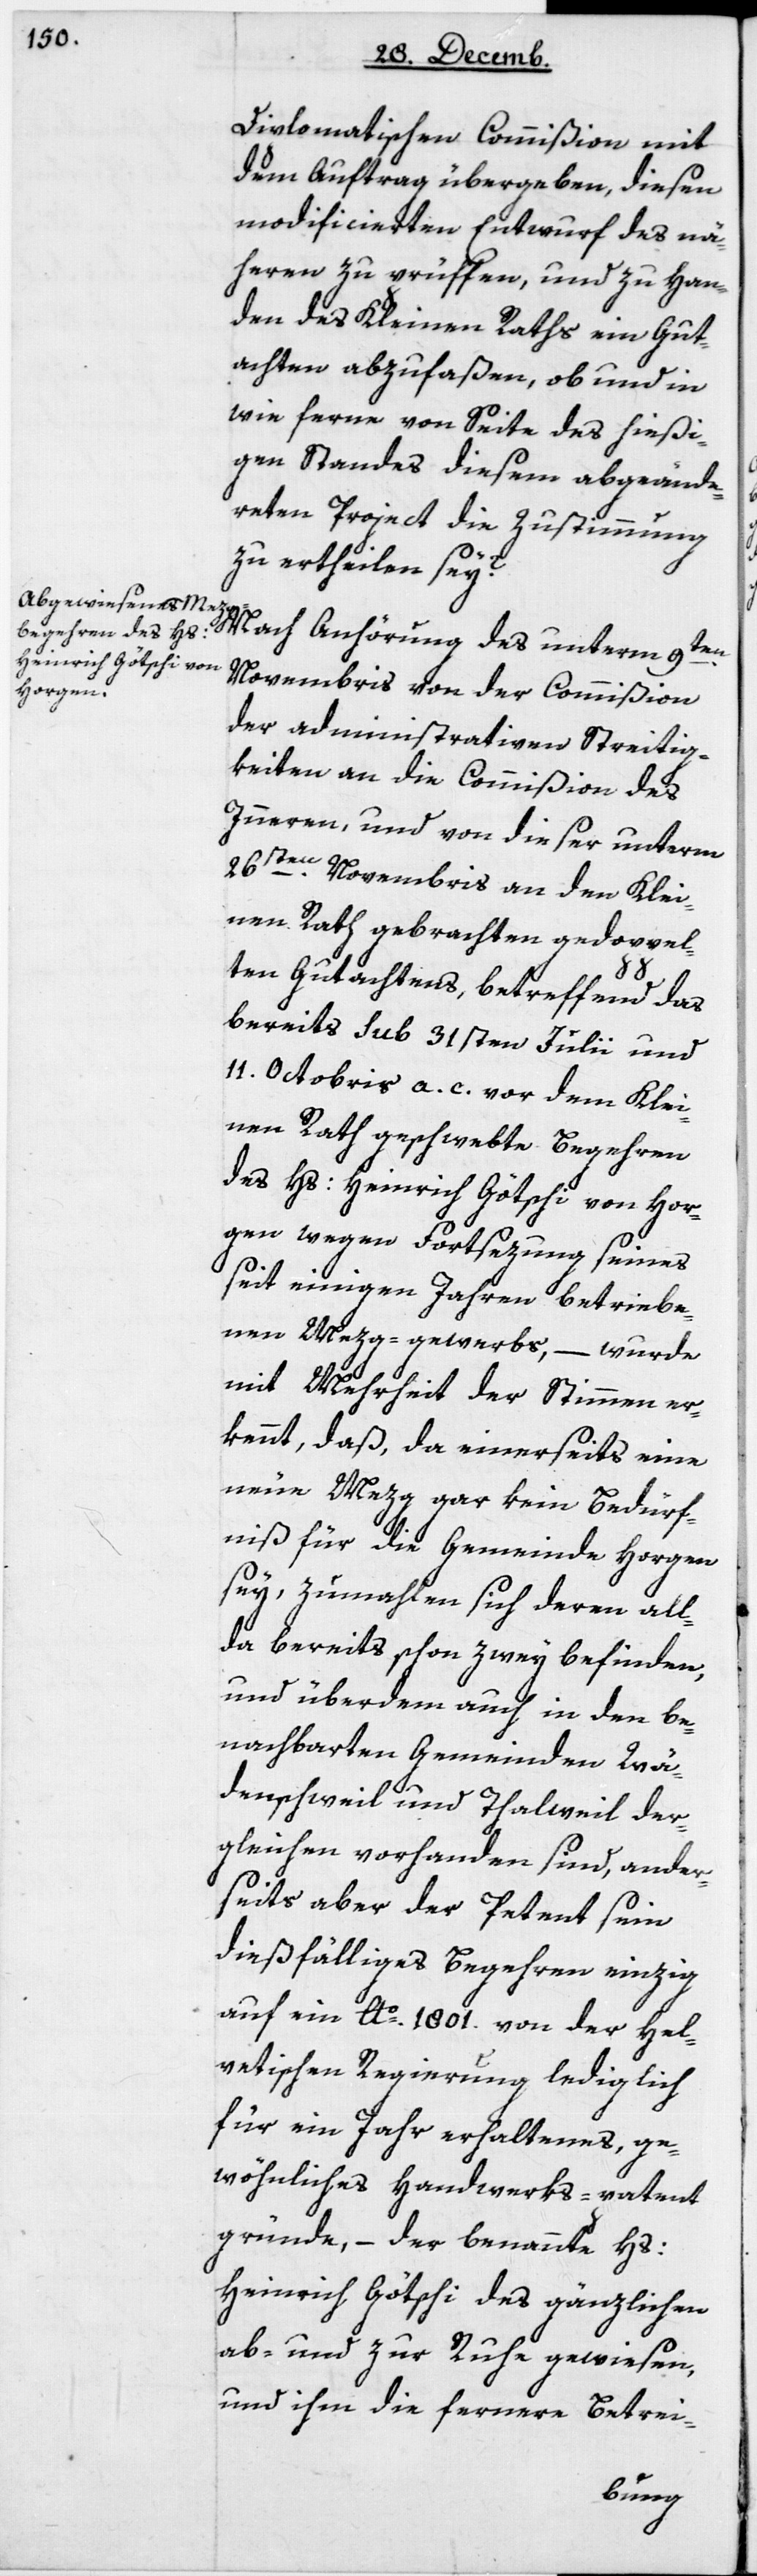
Diplomatischen Commißion mit
dem Auftrag übergeben, diesen
modificierten Entwurf des nä¬
heren zu prüffen, und zu Han¬
den des Kleinen Raths ein Gut¬
achten abzufaßen, ob und in
wie ferne von Seite des hießi¬
gen Standes diesem abgeände¬
rten Project die Zustimmung
zu ertheilen sey?
Nach Anhörung des unterm 9ten
Novembris von der Commißion
der administrativen Streitig¬
keiten an die Commißion des
Innern, und von dieser unterm
26sten Novembris an den Klei¬
nen Rath gebrachten gedoppel¬
ten Gutachtens, betreffend das
bereits Sub 31sten Julii und
11 Octobris a. c. vor dem Klei¬
nen Rath geschwebte Begehren
des Hs. Heinrich Götschi von Hor¬
gen wegen Fortsezung seines
seit einigen Jahren betriebe¬
nen Mezg-gewerbs, – wurde
mit Mehrheit der Stimmen er¬
kennt, daß, da einerseits eine
neue Metzg gar kein Bedürf¬
niß für die Gemeinde Horgen
sey, zumahlen sich deren all¬
da bereits schon zwey befinden,
und überdem auch in den be¬
nachbarten Gemeinden Wä¬
denschweil und Thalweil der¬
gleichen vorhanden sind, ander¬
seits aber der Petent sein
dießfälliges Begehren einzig
auf ein Ao. 1801 von der Hel¬
vetischen Regierung lediglich
für ein Jahr erhaltenes, ge¬
wöhnliches Handwerks-Patent
gründe, – der benannte Hs.
Heinrich Götschi des Gänzlichen
ab- und zur Ruhe gewiesen,
und ihm die fernere Betrei-